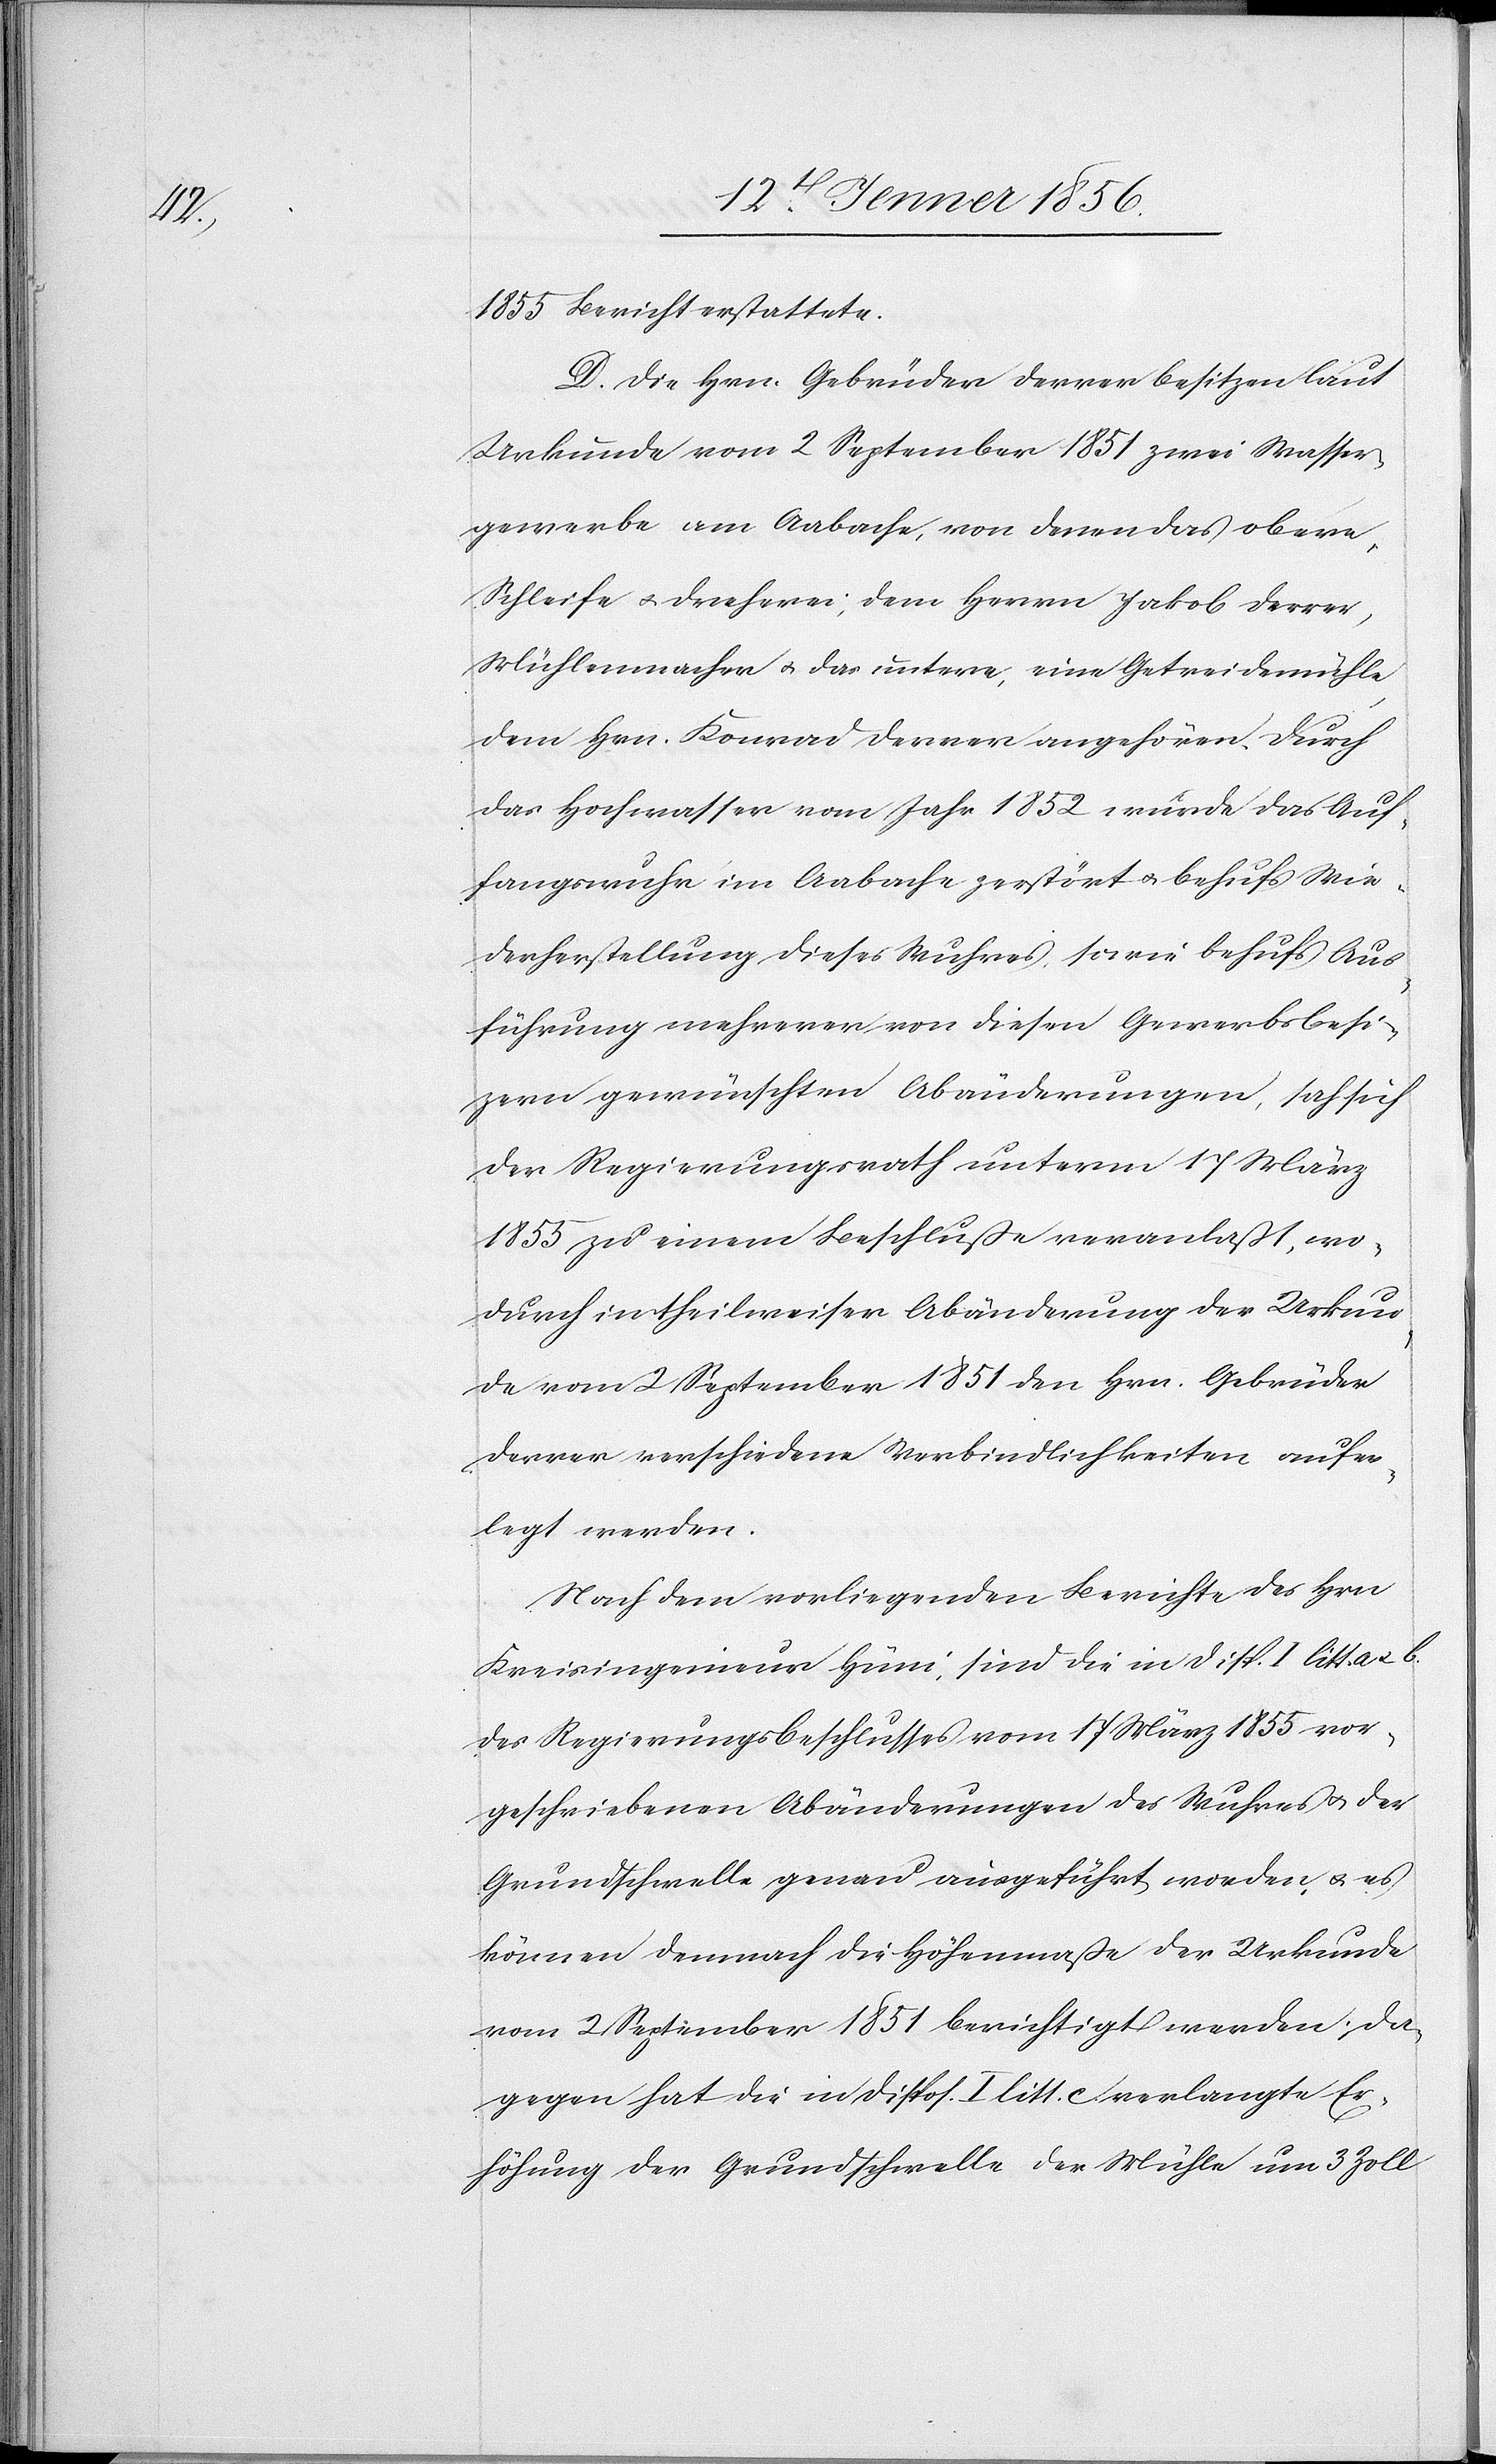
1855 Bericht erstattete.
D. Die Hrn. Gebrüder Derrer besitzen laut
Urkunde vom 2 September 1851 zwei Wasser¬
gewerbe am Aabache, von denen das obere,
Schleife u. Dreherei, dem Herrn Jakob Derrer,
Mühlenmacher u. das untere, eine Getreidemühle
dem Hrn. Konrad Derrer angehören. Durch
das Hochwasser vom Jahr 1852 wurde das Auf¬
fangswuhr im Aabache gestört u. behufs Wie¬
derherstellung dieses Wuhres, sowie behufs Aus¬
führung mehrerer von diesen Gewerbsbesi¬
zern gewünschten Abänderungen, sah sich
der Regierungsrath unterm 17 März
1855 zu einem Beschluße veranlaßt, wo,
durch in theilweiser Abänderung der Urkun¬
de vom 2 September 1851 den Hrn. Gebrüder
Derrer verschiedene Verbindlichkeiten aufer¬
legt werden.
Nach dem vorliegenden Berichte des Hrn.
Kreisingenieur Hüni, sind die in Disp. I litt a. u.
des Regierungsbeschlusses vom 17 März 1855 vor¬
geschriebenen Abänderungen des Wuhres u. der
Grundschwelle genau ausgeführt worden, u. es
können demnach die Höhenmaße der Urkunde
vom 2 September 1851 berichtigt werden; da¬
gegen hat die in Dispos. I litt. c verlangte Er¬
höhung der Grundschwelle der Mühle um 3 Zoll